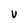
Character: V